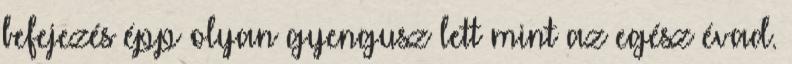
befejezés épp olyan gyengusz lett mint az egész évad.